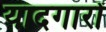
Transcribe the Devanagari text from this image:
यादगारों